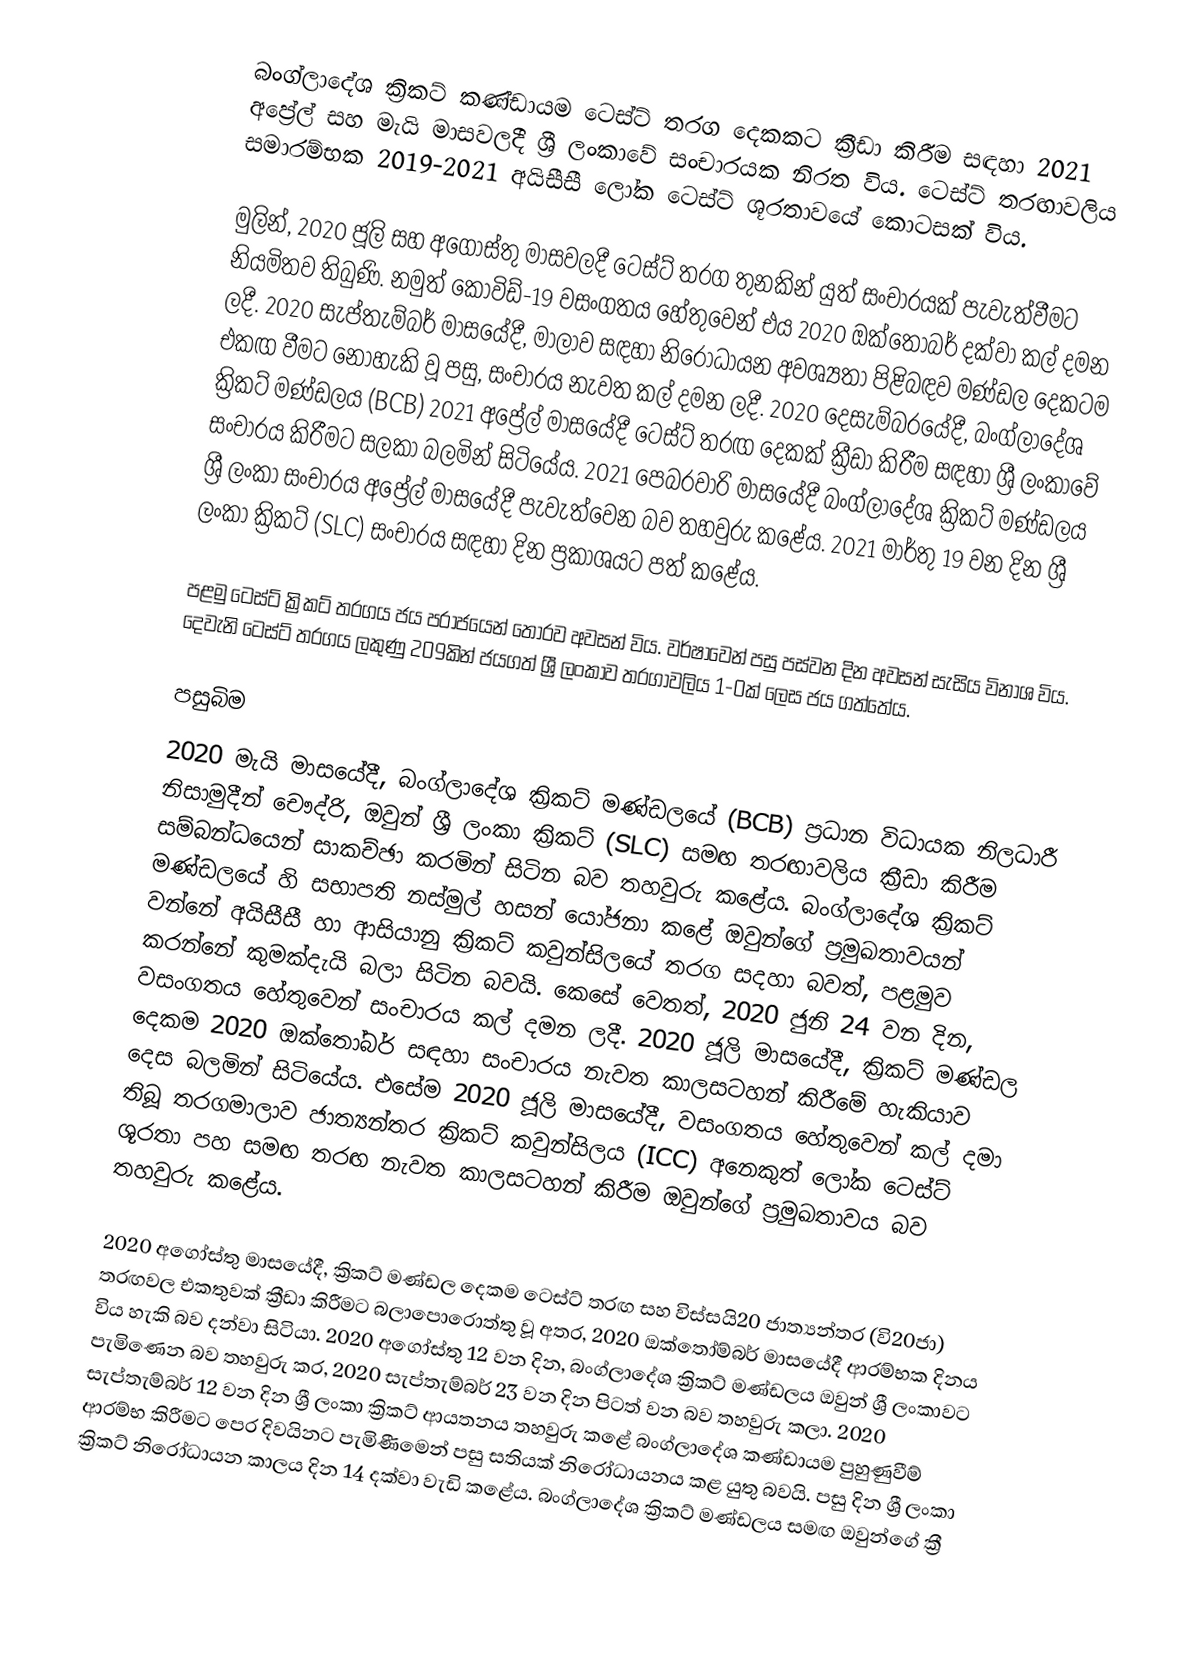
බංග්ලාදේශ ක්‍රිකට් කණ්ඩායම ටෙස්ට් තරග දෙකකට ක්‍රීඩා කිරීම සඳහා 2021 අප්‍රේල් සහ මැයි මාසවලදී ශ්‍රී ලංකාවේ සංචාරයක නිරත විය. ටෙස්ට් තරඟාවලිය සමාරම්භක 2019-2021 අයිසීසී ලෝක ටෙස්ට් ශූරතාවයේ කොටසක් විය.

මුලින්, 2020 ජූලි සහ අගෝස්තු මාසවලදී ටෙස්ට් තරග තුනකින් යුත් සංචාරයක් පැවැත්වීමට නියමිතව තිබුණි. නමුත් කොවිඩ්-19 වසංගතය හේතුවෙන් එය 2020 ඔක්තෝබර් දක්වා කල් දමන ලදී. 2020 සැප්තැම්බර් මාසයේදී, මාලාව සඳහා නිරෝධායන අවශ්‍යතා පිළිබඳව මණ්ඩල දෙකටම එකඟ වීමට නොහැකි වූ පසු, සංචාරය නැවත කල් දමන ලදී. 2020 දෙසැම්බරයේදී, බංග්ලාදේශ ක්‍රිකට් මණ්ඩලය (BCB) 2021 අප්‍රේල් මාසයේදී ටෙස්ට් තරඟ දෙකක් ක්‍රීඩා කිරීම සඳහා ශ්‍රී ලංකාවේ සංචාරය කිරීමට සලකා බලමින් සිටියේය. 2021 පෙබරවාරි මාසයේදී බංග්ලාදේශ ක්‍රිකට් මණ්ඩලය ශ්‍රී ලංකා සංචාරය අප්‍රේල් මාසයේදී පැවැත්වෙන බව තහවුරු කළේය. 2021 මාර්තු 19 වන දින ශ්‍රී ලංකා ක්‍රිකට් (SLC) සංචාරය සඳහා දින ප්‍රකාශයට පත් කළේය.

පළමු ටෙස්ට් ක්‍රිකට් තරගය ජය පරාජයෙන් තොරව අවසන් විය. වර්ෂාවෙන් පසු පස්වන දින අවසන් සැසිය විනාශ විය. දෙවැනි ටෙස්ට් තරගය ලකුණු 209කින් ජයගත් ශ්‍රී ලංකාව තරගාවලිය 1-0ක් ලෙස ජය ගත්තේය.

පසුබිම
2020 මැයි මාසයේදී, බංග්ලාදේශ ක්‍රිකට් මණ්ඩලයේ (BCB) ප්‍රධාන විධායක නිලධාරී නිසාමුදීන් චෞද්රි, ඔවුන් ශ්‍රී ලංකා ක්‍රිකට් (SLC) සමඟ තරඟාවලිය ක්‍රීඩා කිරීම සම්බන්ධයෙන් සාකච්ඡා කරමින් සිටින බව තහවුරු කළේය. බංග්ලාදේශ ක්‍රිකට් මණ්ඩලයේ හි සභාපති නස්මුල් හසන් යෝජනා කළේ ඔවුන්ගේ ප්‍රමුඛතාවයන් වන්නේ අයිසීසී හා ආසියානු ක්‍රිකට් කවුන්සිලයේ තරග සදහා බවත්, පළමුව කරන්නේ කුමක්දැයි බලා සිටින බවයි. කෙසේ වෙතත්, 2020 ජුනි 24 වන දින, වසංගතය හේතුවෙන් සංචාරය කල් දමන ලදී. 2020 ජූලි මාසයේදී, ක්‍රිකට් මණ්ඩල දෙකම 2020 ඔක්තෝබර් සඳහා සංචාරය නැවත කාලසටහන් කිරීමේ හැකියාව දෙස බලමින් සිටියේය. එසේම 2020 ජූලි මාසයේදී, වසංගතය හේතුවෙන් කල් දමා තිබූ තරගමාලාව ජාත්‍යන්තර ක්‍රිකට් කවුන්සිලය (ICC) අනෙකුත් ලෝක ටෙස්ට් ශූරතා පහ සමඟ තරඟ නැවත කාලසටහන් කිරීම ඔවුන්ගේ ප්‍රමුඛතාවය බව තහවුරු කළේය.

2020 අගෝස්තු මාසයේදී, ක්‍රිකට් මණ්ඩල දෙකම ටෙස්ට් තරඟ සහ විස්සයි20 ජාත්‍යන්තර (වි20ජා) තරඟවල එකතුවක් ක්‍රීඩා කිරීමට බලාපොරොත්තු වූ අතර, 2020 ඔක්තෝම්බර් මාසයේදී ආරම්භක දිනය විය හැකි බව දන්වා සිටියා. 2020 අගෝස්තු 12 වන දින, බංග්ලාදේශ ක්‍රිකට් මණ්ඩලය ඔවුන් ශ්‍රී ලංකාවට පැමිණෙන බව තහවුරු කර, 2020 සැප්තැම්බර් 23 වන දින පිටත් වන බව තහවුරු කලා. 2020 සැප්තැම්බර් 12 වන දින ශ්‍රී ලංකා ක්‍රිකට් ආයතනය තහවුරු කළේ බංග්ලාදේශ කණ්ඩායම පුහුණුවීම් ආරම්භ කිරීමට පෙර දිවයිනට පැමිණීමෙන් පසු සතියක් නිරෝධායනය කළ යුතු බවයි. පසු දින ශ්‍රී ලංකා ක්‍රිකට් නිරෝධායන කාලය දින 14 දක්වා වැඩි කළේය. බංග්ලාදේශ ක්‍රිකට් මණ්ඩලය සමඟ ඔවුන්ගේ ක්‍රී